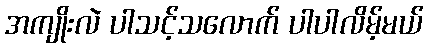
အကျိုးလဲ ပါသင့်သလောက် ပါပါလိမ့်မယ်